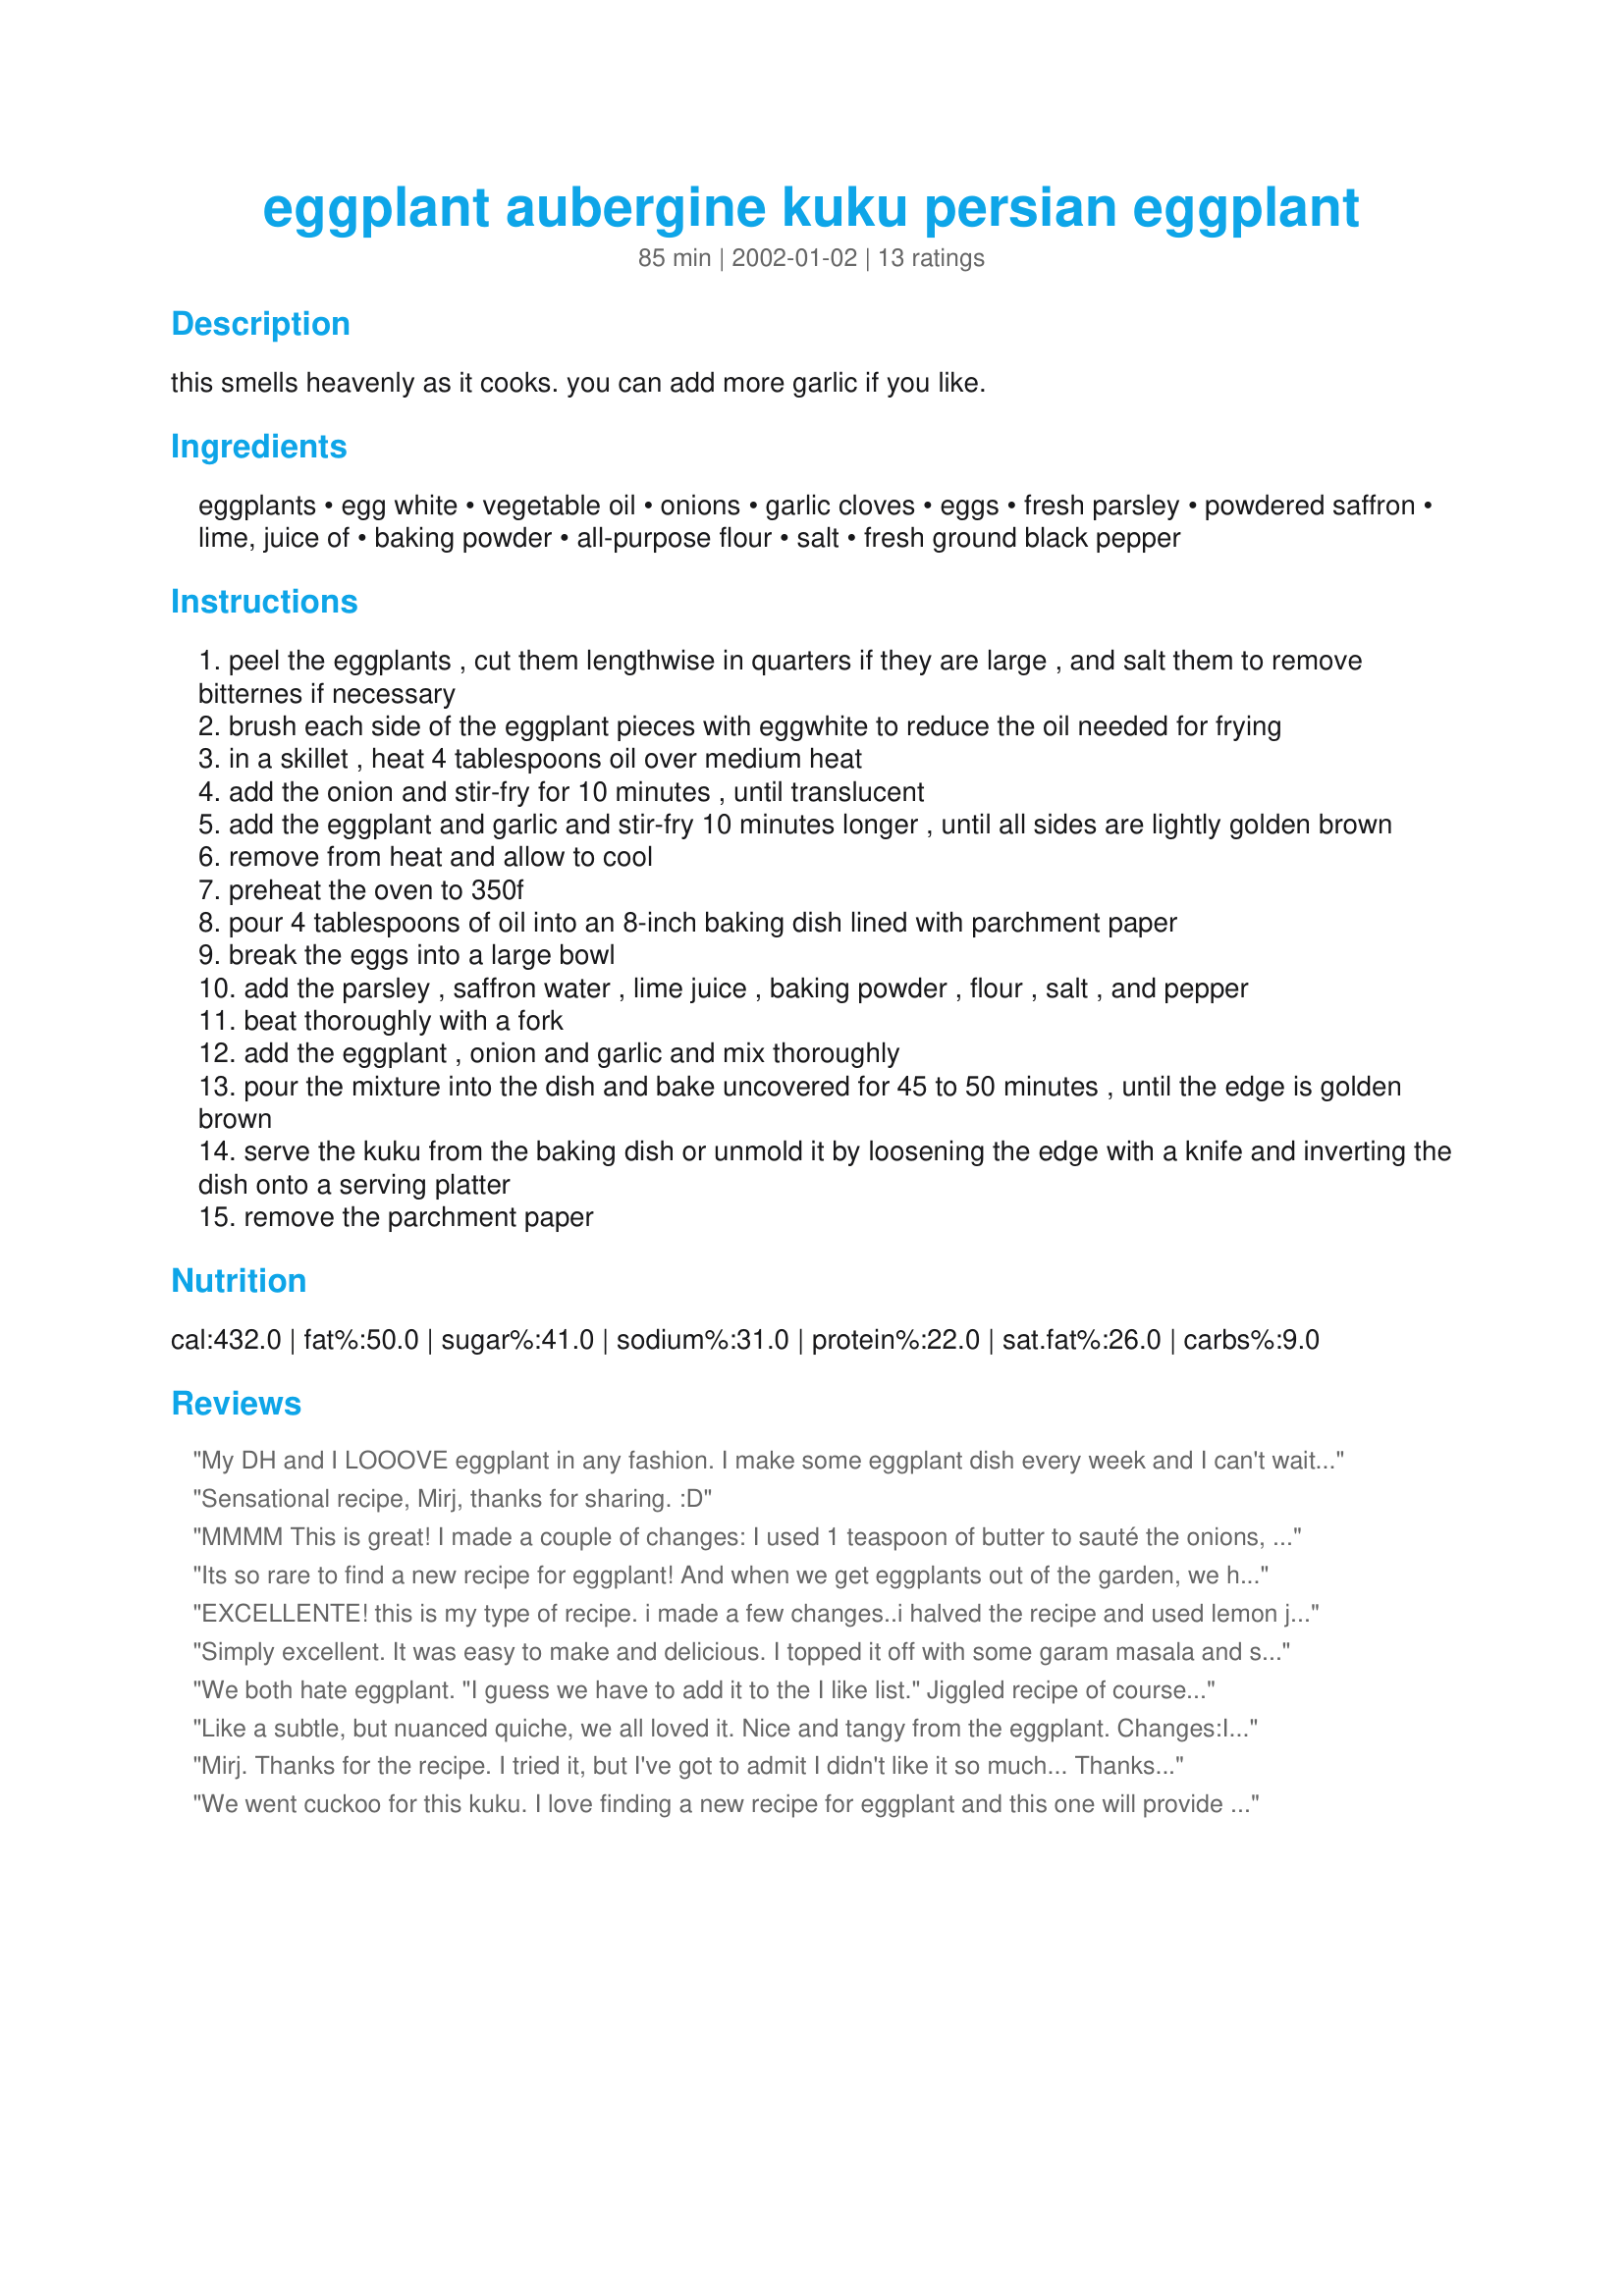
eggplant aubergine kuku persian eggplant
Preparation time: 85 minutes

this smells heavenly as it cooks. you can add more garlic if you like.

Ingredients:
eggplants, egg white, vegetable oil, onions, garlic cloves, eggs, fresh parsley, powdered saffron, lime, juice of, baking powder, all-purpose flour, salt, fresh ground black pepper

Steps:
peel the eggplants , cut them lengthwise in quarters if they are large , and salt them to remove bitternes if necessary
brush each side of the eggplant pieces with eggwhite to reduce the oil needed for frying
in a skillet , heat 4 tablespoons oil over medium heat
add the onion and stir-fry for 10 minutes , until translucent
add the eggplant and garlic and stir-fry 10 minutes longer , until all sides are lightly golden brown
remove from heat and allow to cool
preheat the oven to 350f
pour 4 tablespoons of oil into an 8-inch baking dish lined with parchment paper
break the eggs into a large bowl
add the parsley , saffron water , lime juice , baking powder , flour , salt , and pepper
beat thoroughly with a fork
add the eggplant , onion and garlic and mix thoroughly
pour the mixture into the dish and bake uncovered for 45 to 50 minutes , until the edge is golden brown
serve the kuku from the baking dish or unmold it by loosening the edge with a knife and inverting the dish onto a serving platter
remove the parchment paper

Reviews:
My DH and I LOOOVE eggplant in any fashion. I make some eggplant dish every week and I can't wait to explore new dishes based with eggplant.
 I was so exited to try this exotic dish. I did not change anything it came out really nice but we did not like the taste at all. Thank you for sharing but I will not make this dish again. I am sorry Mirj belive me I love everything you post not this time.
Sensational recipe, Mirj, thanks for sharing. :D
MMMM This is great! I made a couple of changes: I used 1 teaspoon of butter to sauté the onions, and sprayed the pan with non stick cooking spray .. I also used lemon juice instead of lime (I don't like limes) .. I loved this and so did my husband (This is my new favorite recipe!) thanks for another wonderful recipe!
Its so rare to find a new recipe for eggplant! And when we get eggplants out of the garden, we have to eat them right away as they are impossible to freeze or can... but this recipe helped break the eggplant-monotony. I wish I would have had a picture of this recipe, as I have no idea what it should look like when it is finished. The mix looked so wonderful and yellow when it went into the oven, and so DISGUSTING when it came out. But it sure tasted good! I chose this recipe, because I had never used saffron before, and had found some earlier at a bargain price. I read that someone thought the saffron taste was subtle... but I think it was anything BUT subtle. I used six cloves of garlic instead of four. The family thought it tasted like oysters, and I would have to agree. Was a very very rich recipe, and when I make this again I will plan it as a side dish rather than a main. It was absolutely scrumptous, however, so thank you, thank you, thank you!
EXCELLENTE! this is my type of recipe. i made a few changes..i halved the recipe and used lemon juice instead of lime b/c i didnt have one, i added 1/2 tsp each of cayenne and cumin...and i misread the instructions and peeled the eggplant & cut it into little strips (almost cubes) and sauteed them that way..i think it was fine that way though. imnot sure if it was supposed to be a mushy eggplant pastey consistancy (like babaganoush) but it was nice b/c the eggplant added texture and it wasnt rubbery. my favorite part was that you could actually taste the subtle saffron! i rarely cook with saffron but i was happy to open my bottle for this recipe. i woudl definitely serve this to ppl for a cold/luke warm lunch or a light summer dinner. i made a littel cucumber/yogurt salad with chopped cukes, plain yogurt, minced garlic, carroway seed, and a littel salt/pepper to go with it. perfect.
Simply excellent. It was easy to make and delicious. I topped it off with some garam masala and some some basil to give it bit of an extra flavor
We both hate eggplant. "I guess we have to add it to the I like list." Jiggled recipe of course. Lost ALL the oil. All it is in this case is a cooking method not for flavor. Now if it was Ghee yep but oil.. no. Anyone ever tried straight oil? Used garlic flavored pan spray. Subbed in Butter buds. Lost the eggs. Kept the whites. Used the equilvent of the number of eggs in whites. Since I made those changes I jiggled the spices to add a boost. I used Zaatar instead of the parsley. Tumeric in place of the saffron [if I was messing up I was NOT doing it to the tune of saffron]. The changes worked fine as you can tell by the rating. Not a dish that needs to be avoided by those avoiding fats. Also added sliced tomatoes to the top and sprinkled with a bit of Romano/Parmesan fat free cheese.
Like a subtle, but nuanced quiche, we all loved it. Nice and tangy from the eggplant.

Changes:I did not peel the eggplant. And I did use the eggwhites, since both of those sounded like a pain. You can't notice the skins in the finished product.

I had to cook the eggplant in two batches because even our large frying pan wasn't large enough. 

Also, I skipped the parchment paper step and sprayed pam on the baking pan and it came out fine, pun intended.

I'd use a touch less oil next time.
Mirj. Thanks for the recipe. I tried it, but I've got to admit I didn't like it so much... Thanks anyway
We went cuckoo for this kuku. I love finding a new recipe for eggplant and this one will provide a fun jumping off point from which to improvise.
I added a pinch of cayenne and a teaspoon of cumin to the seasonings, which we did like. I was pretty puzzled at the instructions fo pour 4 tablespoons of oil into the lined baking pan, but did as I was told. When I took the finished dish from the oven, oil was puddled up on all four sides, and I ended up pouring it off. Next time I will just lightly grease the pan over the paper. And,I think that I will also change the very, very soft texture by adding some fresh bread crumbs to the mixture to make it more to our taste. However....after I've said all that...we definitely enjoyed this dish and I'll have fun making again!
good
Thanks Mirj for a very delicate and delicious recipe, I even froze some and reheated in the microwave and still enjoyed it.
DH & I loved this recipe - turned out to be more of an eggplant quiche of sorts? We used indian eggplants (the small round ones) which turned out great & used cooking spray in our deep dish - thanks for the recipe!
